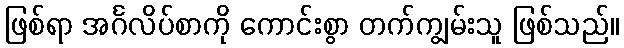
ဖြစ်ရာ အင်္ဂလိပ်စာကို ကောင်းစွာ တက်ကျွမ်းသူ ဖြစ်သည်။